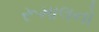
રૂમાલનો